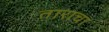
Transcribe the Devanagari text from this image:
ताराचा